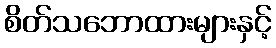
စိတ်သဘောထားများနှင့်